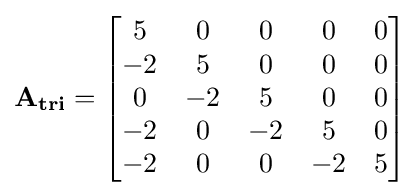
\mathbf {A_{tri}} ={\begin{bmatrix}5&0&0&0&0\\-2&5&0&0&0\\0&-2&5&0&0\\-2&0&-2&5&0\\-2&0&0&-2&5\end{bmatrix}}